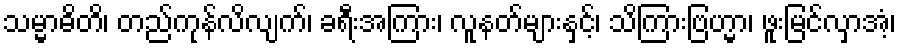
သမ္မာဓိတိ၊ တည်ကုန်လိလျက်၊ ခရီးအကြား၊ လူနတ်များနှင့်၊ သိကြားဗြဟ္မာ၊ ဖူးမြင်လှာအံ့၊